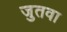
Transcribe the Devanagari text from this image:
जुतवा